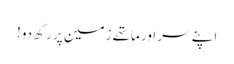
اپنے سر اور ماتھے زمین پر رکھ دو!